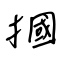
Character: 摑